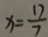
x = \frac { 1 7 } { 7 }